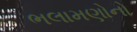
ભલામણોનો